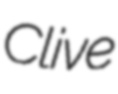
Clive